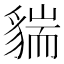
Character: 貒